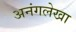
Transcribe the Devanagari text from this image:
अनंगलेखा